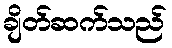
ချိတ်ဆက်သည်